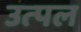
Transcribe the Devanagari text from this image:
उत्‍पल